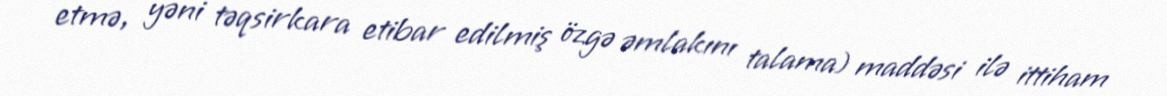
etmə, yəni təqsirkara etibar edilmiş özgə əmlakını talama) maddəsi ilə ittiham